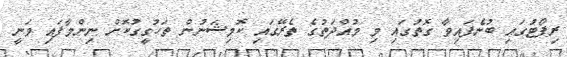
ރިޕޯޓުގައި ބުނެފައިވާ ގޮތުގައި މި މުއްދަތުގެ ތެރޭގައި ކޮމިޝަނުން ތަހުގީގުކޮށް ނިންމާފައި ވަނީ